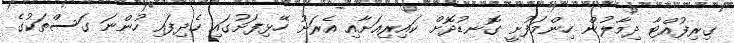
ގިރިފުއްޓާ ދިމާލުން ހިންމަފުށީ ގޮނޑުދޮށް ކައިރިއަށާއި އެރަށު ހޭޅިފަށުގައި ހެދިފައި ހުންނަ ގަސްތަކުގެ